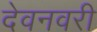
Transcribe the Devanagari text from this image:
देवनवरी